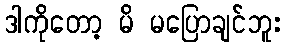
ဒါကိုတော့ မိ မပြောချင်ဘူး